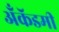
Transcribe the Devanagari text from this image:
अँकॅडमी